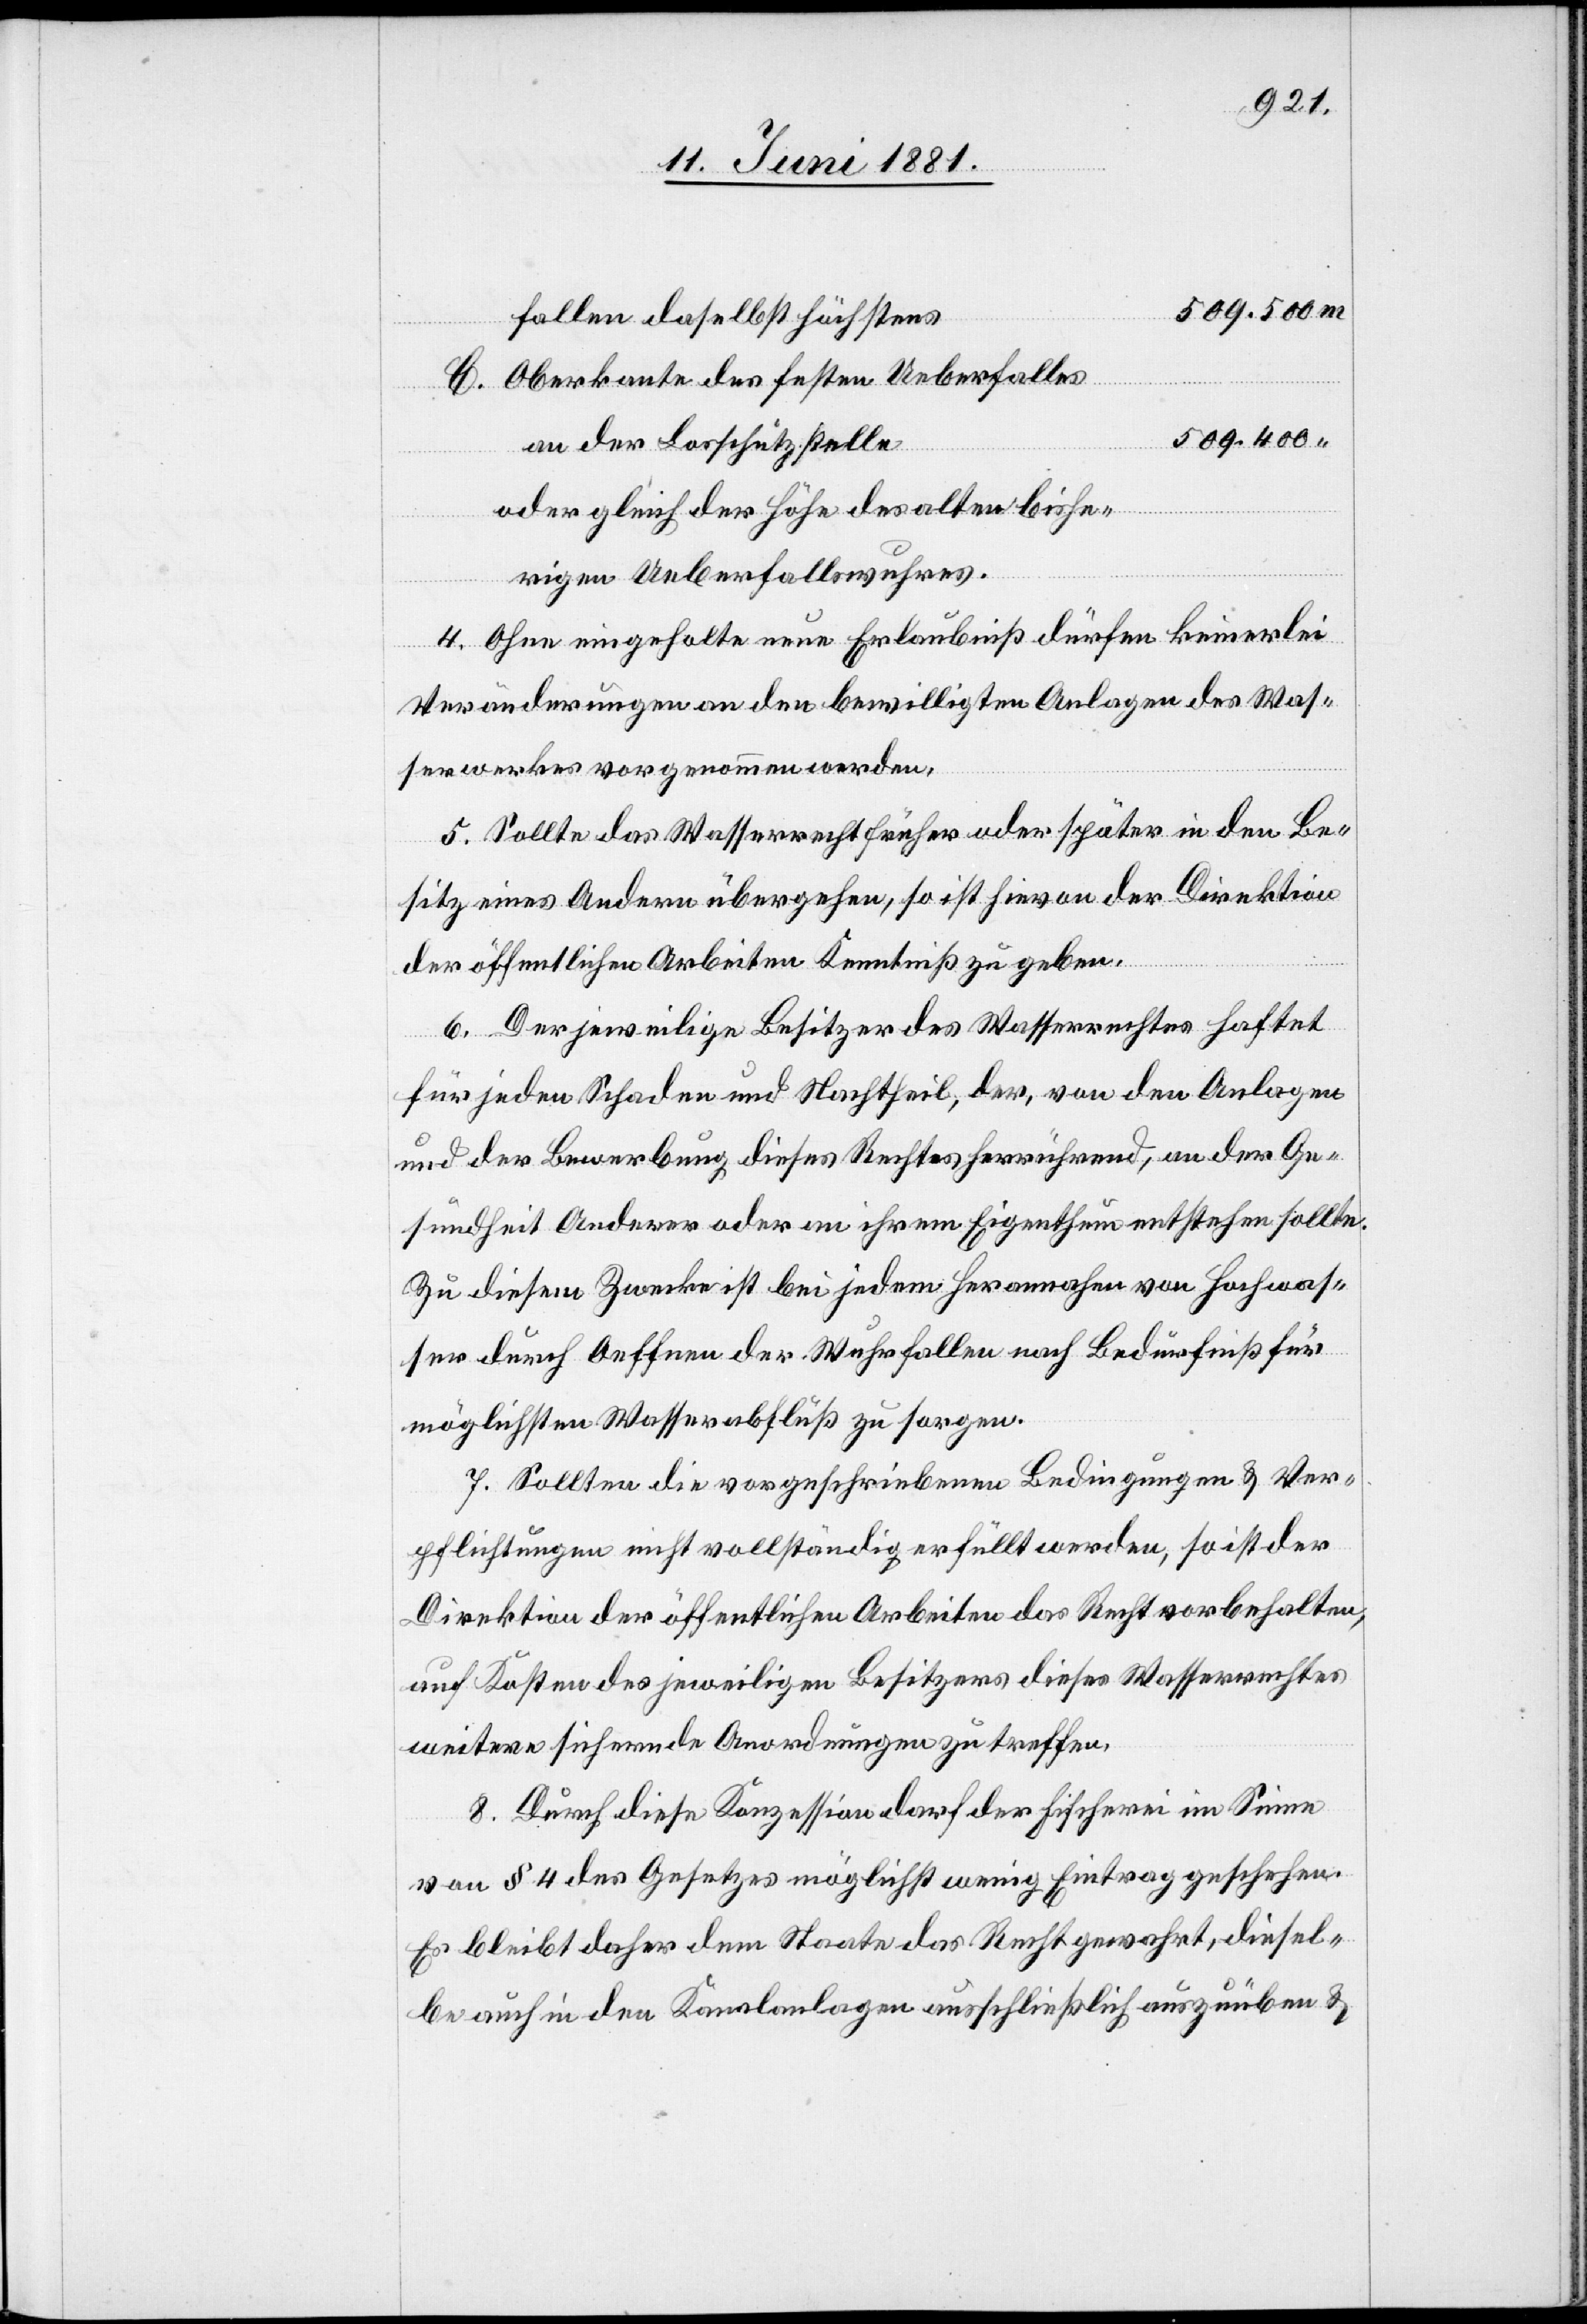
fallen daselbst höchstens
C. Oberkante des festen Ueberfalles
509.400
an der Losschützstelle
oder gleich der Höhe des alten bishe¬
rigen Ueberfallswuhres.
4. Ohne eingeholte neue Erlaubniß dürfen keinerlei
Veränderungen an den bewilligten Anlagen des Was¬
serwerkes vorgenommen werden.
5. Sollte das Wasserrecht früher oder später in den Be¬
sitz eines Andern übergehen, so ist hievon der Direktion
der öffentlichen Arbeiten Kenntniß zu geben.
6. Der jeweilige Besitzer des Wasserrechtes haftet
für jeden Schaden und Nachtheil, der, von den Anlagen
und der Bewerbung dieses Rechtes herrührend, an der Ge¬
sundheit Anderer oder an ihrem Eigenthum entstehen sollte.
Zu diesem Zwecke ist bei jedem Herannahen von Hochwas¬
ser durch Oeffnen der Wuhrfallen nach Bedürfniß für
möglichsten Wasserabfluß zu sorgen.
7. Sollten die vorgeschriebenen Bedingungen & Ver¬
pflichtungen nicht vollständig erfüllt werden, so ist der
Direktion der öffentlichen Arbeiten das Recht vorbehalten,
auf Kosten des jeweiligen Besitzers dieses Wasserrechtes
weitere sichernde Anordnungen zu treffen.
8. Durch diese Konzession darf der Fischerei im Sinne
von § 4 des Gesetzes möglichst wenig Eintrag geschehen.
Es bleibt daher dem Staate das Recht gewahrt, diesel¬
be auch in den Kanalanlagen ausschließlich auszuüben &